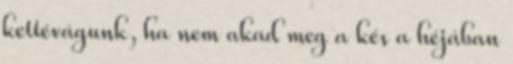
kettévágunk, ha nem akad meg a kés a héjában